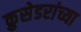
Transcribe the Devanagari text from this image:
क्रुसेडरांच्या